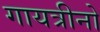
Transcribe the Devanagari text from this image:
गायत्रीनो